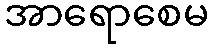
အာရောစေမ